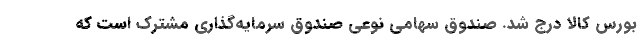
بورس کالا درج شد. صندوق سهامی نوعی صندوق سرمایه‌گذاری مشترک است که